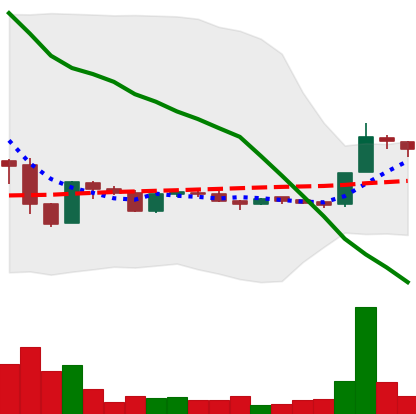
Ticker: LTC-USD
Chart end date: 2015-11-28
Forward return: -4.119%
Label: down_3_5